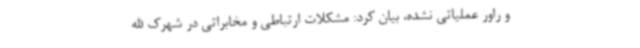
و راور عملیاتی نشده، بیان کرد: مشکلات ارتباطی و مخابراتی در شهرک الله